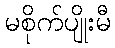
မစိုက်ပျိုးမီ